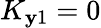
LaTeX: K_{\mathbf{y}1}=0